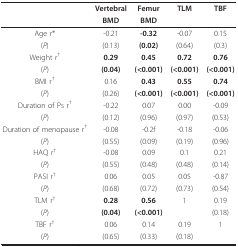
<table><thead><tr><td></td><td><b>Vertebral</b></td><td><b>Femur</b></td><td><b>TLM</b></td><td><b>TBF</b></td></tr><tr><td></td><td><b>BMD</b></td><td><b>BMD</b></td><td></td><td></td></tr></thead><tbody><tr><td>Age r*</td><td>-0.21</td><td><b>-0.32</b></td><td>-0.07</td><td>0.15</td></tr><tr><td>(<i>P</i>)</td><td>(0.13)</td><td><b>(0.02)</b></td><td>(0.64)</td><td>(0.3)</td></tr><tr><td>Weight r<sup>†</sup></td><td><b>0.29</b></td><td><b>0.45</b></td><td><b>0.72</b></td><td><b>0.76</b></td></tr><tr><td>(<i>P</i>)</td><td><b>(0.04)</b></td><td><b>(&lt;0.001)</b></td><td><b>(&lt;0.001)</b></td><td><b>(&lt;0.001)</b></td></tr><tr><td>BMI r<sup>†</sup></td><td>0.16</td><td><b>0.43</b></td><td><b>0.55</b></td><td><b>0.74</b></td></tr><tr><td>(<i>P</i>)</td><td>(0.26)</td><td><b>(&lt;0.001)</b></td><td><b>(&lt;0.001)</b></td><td><b>(&lt;0.001)</b></td></tr><tr><td>Duration of Ps r<sup>†</sup></td><td>-0.22</td><td>0.07</td><td>0.00</td><td>-0.09</td></tr><tr><td>(<i>P</i>)</td><td>(0.12)</td><td>(0.96)</td><td>(0.97)</td><td>(0.53)</td></tr><tr><td>Duration of menopause r<sup>†</sup></td><td>-0.08</td><td>-0.2f</td><td>-0.18</td><td>-0.06</td></tr><tr><td>(<i>P</i>)</td><td>(0.55)</td><td>(0.09)</td><td>(0.19)</td><td>(0.96)</td></tr><tr><td>HAQ r<sup>†</sup></td><td>-0.08</td><td>0.09</td><td>0.1</td><td>0.21</td></tr><tr><td>(<i>P</i>)</td><td>(0.55)</td><td>(0.48)</td><td>(0.48)</td><td>(0.14)</td></tr><tr><td>PASI r<sup>†</sup></td><td>0.06</td><td>0.05</td><td>0.05</td><td>-0.87</td></tr><tr><td>(<i>P</i>)</td><td>(0.68)</td><td>(0.72)</td><td>(0.73)</td><td>(0.54)</td></tr><tr><td>TLM r<sup>†</sup></td><td><b>0.28</b></td><td><b>0.56</b></td><td>1</td><td> 0.19</td></tr><tr><td>(<i>P</i>)</td><td><b>(0.04)</b></td><td><b>(&lt;0.001)</b></td><td></td><td>(0.18)</td></tr><tr><td>TBF r<sup>†</sup></td><td>0.06</td><td>0.14</td><td> 0.19</td><td>1</td></tr><tr><td>(<i>P</i>)</td><td>(0.65)</td><td>(0.33)</td><td>(0.18)</td><td></td></tr></tbody></table>